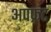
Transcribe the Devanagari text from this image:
अपफ़्रंट